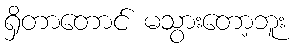
ရှိတာတောင် မသွားတော့ဘူး